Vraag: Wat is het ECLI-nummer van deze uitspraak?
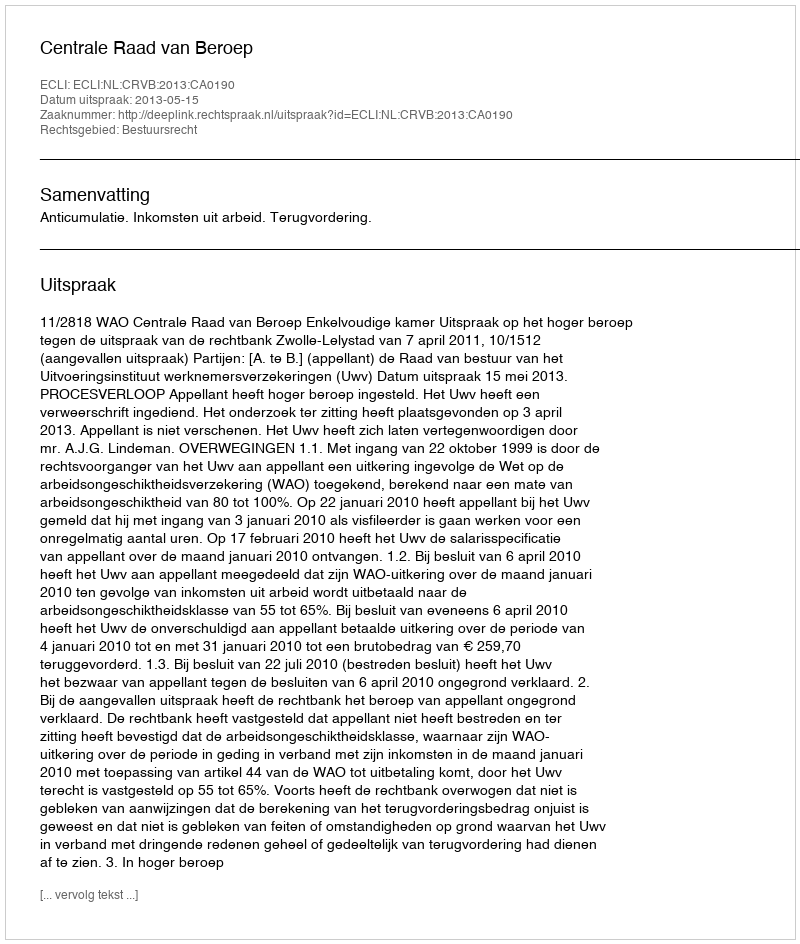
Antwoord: ECLI:NL:CRVB:2013:CA0190